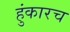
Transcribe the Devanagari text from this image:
हुंकारच